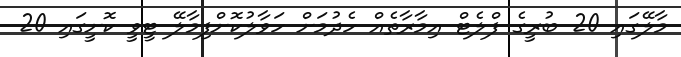
މާލޭގައި 20 ބުރީގެ ފްލެޓް އިމާރާތެއް ހެދުމަށް ހަވާލުކޮށްފިމާލޭ ޓީވީ ކޮށީގައި 20